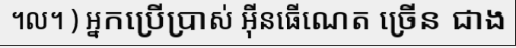
។ល។ ) អ្នកប្រើប្រាស់ អ៊ីនធើណេត ច្រើន ជាង